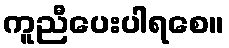
ကူညီပေးပါရစေ။